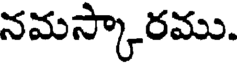
నమస్కారము.